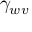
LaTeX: \gamma _ { w v }